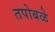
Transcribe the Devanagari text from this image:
तपोबळे